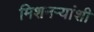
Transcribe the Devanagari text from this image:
मिशनऱ्यांशी